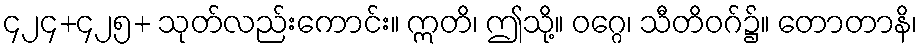
၄၂၄+၄၂၅+ သုတ်လည်းကောင်း။ ဣတိ၊ ဤသို့။ ဝဂ္ဂေ၊ သီတိဝဂ်၌။ တောတာနိ၊